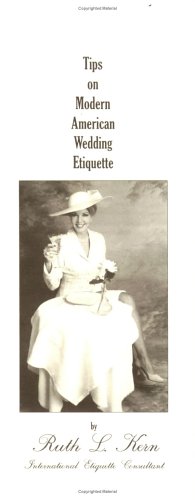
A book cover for Tips on Modern American Wedding Etiquette; Ruth L. Kern; Crafts, Hobbies & Home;